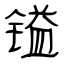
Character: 镒